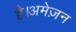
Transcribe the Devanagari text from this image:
है।अमेज़न